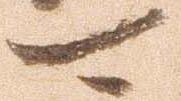
可